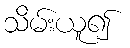
သိမ်းယူ၍